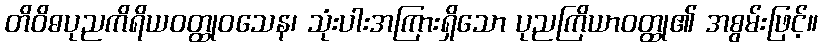
တိဝိဓပုညကိရိယဝတ္ထုဝသေန၊ သုံးပါးအကြားရှိသော ပုညကြိယာဝတ္ထု၏ အစွမ်းဖြင့်။